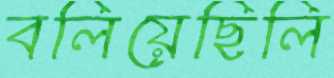
বলিয়েছিলি